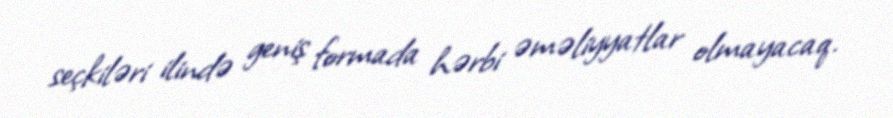
seçkiləri ilində geniş formada hərbi əməliyyatlar olmayacaq.